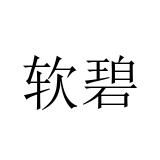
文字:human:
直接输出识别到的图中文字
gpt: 软碧